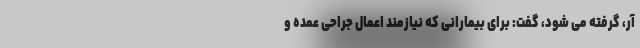
آر، گرفته می شود، گفت: برای بیمارانی که نیازمند اعمال جراحی عمده و